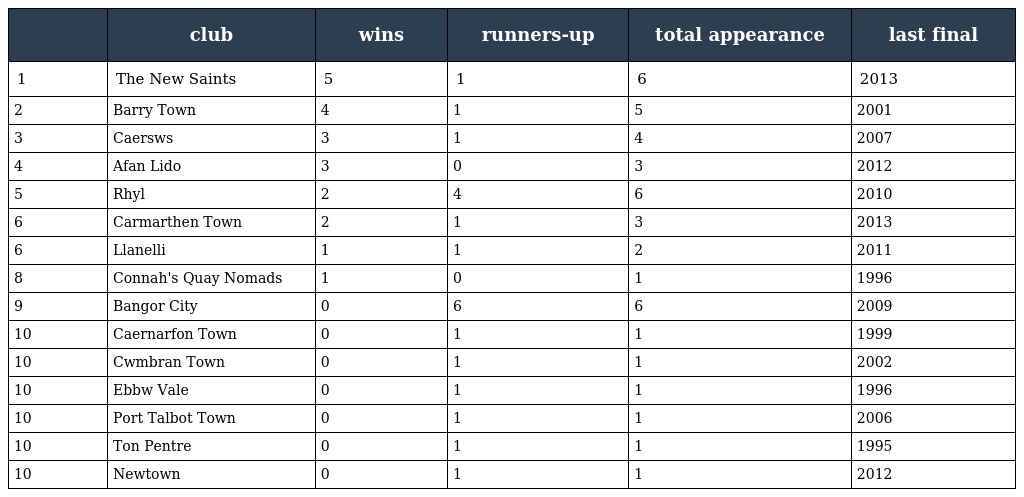
|  | club | wins | runners-up | total appearance | last final |
 | --- | --- | --- | --- | --- | --- |
 | 1 | The New Saints | 5 | 1 | 6 | 2013 |
 | 2 | Barry Town | 4 | 1 | 5 | 2001 |
 | 3 | Caersws | 3 | 1 | 4 | 2007 |
 | 4 | Afan Lido | 3 | 0 | 3 | 2012 |
 | 5 | Rhyl | 2 | 4 | 6 | 2010 |
 | 6 | Carmarthen Town | 2 | 1 | 3 | 2013 |
 | 6 | Llanelli | 1 | 1 | 2 | 2011 |
 | 8 | Connah's Quay Nomads | 1 | 0 | 1 | 1996 |
 | 9 | Bangor City | 0 | 6 | 6 | 2009 |
 | 10 | Caernarfon Town | 0 | 1 | 1 | 1999 |
 | 10 | Cwmbran Town | 0 | 1 | 1 | 2002 |
 | 10 | Ebbw Vale | 0 | 1 | 1 | 1996 |
 | 10 | Port Talbot Town | 0 | 1 | 1 | 2006 |
 | 10 | Ton Pentre | 0 | 1 | 1 | 1995 |
 | 10 | Newtown | 0 | 1 | 1 | 2012 |